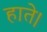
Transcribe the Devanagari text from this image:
हाते।